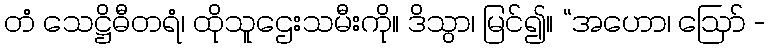
တံ သေဋ္ဌိဓီတရံ၊ ထိုသူဌေးသမီးကို။ ဒိသွာ၊ မြင်၍။ “အဟော၊ ဩော် -